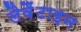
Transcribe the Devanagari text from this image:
लैवैंटाइन